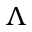
\Lambda